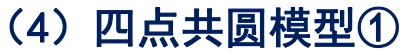
（4）四点共圆模型\textcircled{1}